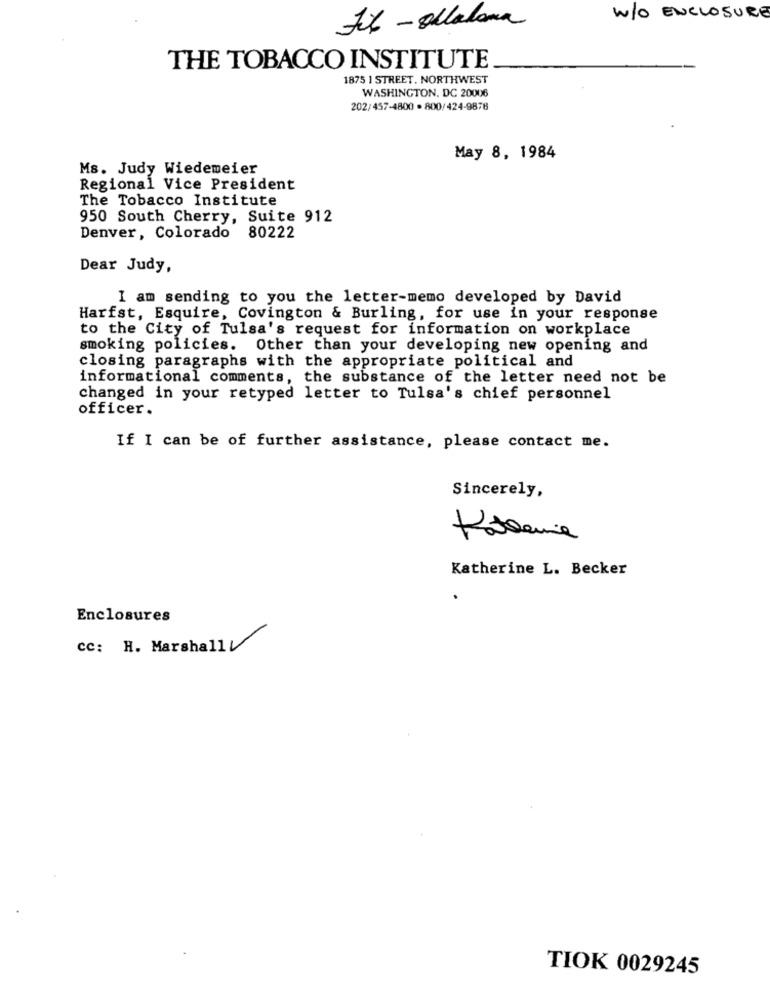
W/O ENCLOSURE
Fil - Ollalana
THE TOBACCO INSTITUTE
1875 1 STREET. NORTHWEST
WASHINGTON, DC 20006
202/457-4800 - 800/424-9878
May 8, 1984
Ms. Judy Wiedemeier
Regional Vice President
The Tobacco Institute
950 South Cherry, Suite 912
Denver, Colorado 80222
Dear Judy,
I am sending to you the letter-memo developed by David
Harfst, Esquire, Covington & Burling, for use in your response
to the City of Tulsa's request for information on workplace
smoking policies. Other than your developing new opening and
closing paragraphs with the appropriate political and
informational comments, the substance of the letter need not be
changed in your retyped letter to Tulsa's chief personnel
officer.
If I can be of further assistance, please contact me.
Sincerely,
Katherine L. Becker
Enclosures
cc: H. Marshall!
TIOK 0029245